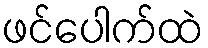
ဖင်ပေါက်ထဲ